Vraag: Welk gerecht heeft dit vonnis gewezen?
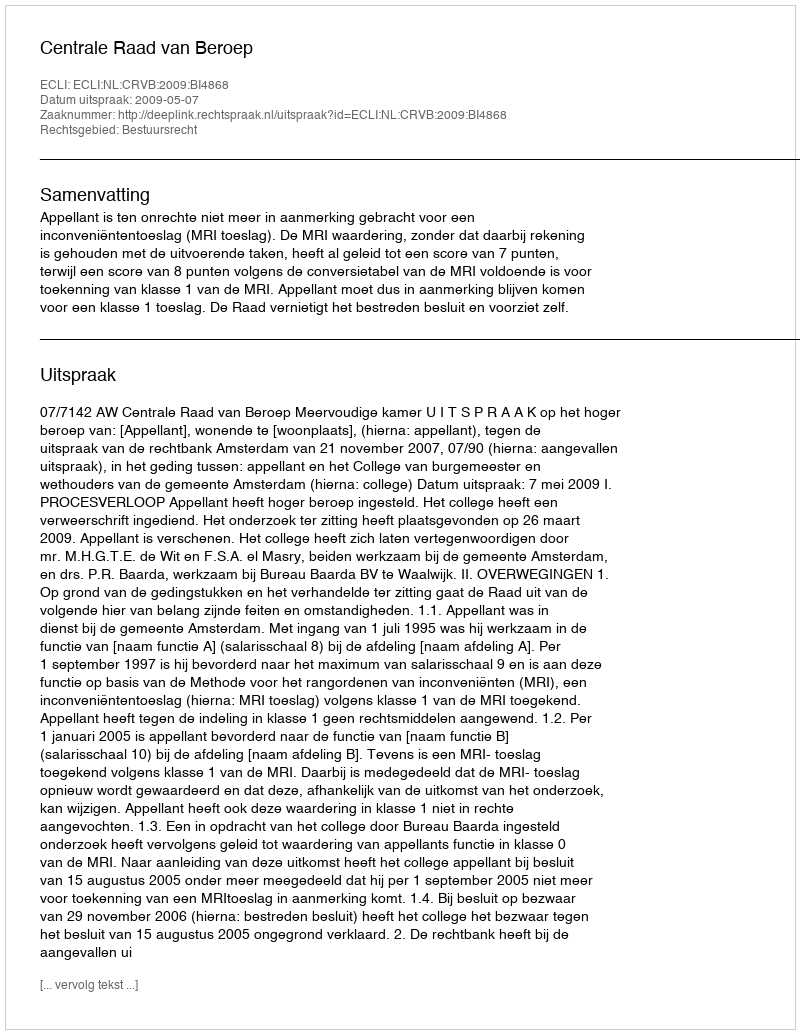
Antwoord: Centrale Raad van Beroep